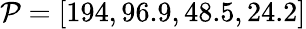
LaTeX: \mathcal{P}=[194,96.9,48.5,24.2]